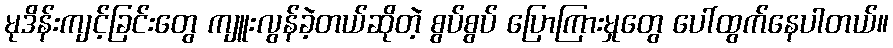
မုဒိန်းကျင့်ခြင်းတွေ ကျူးလွန်ခဲ့တယ်ဆိုတဲ့ စွပ်စွပ် ပြောကြားမှုတွေ ပေါ်ထွက်နေပါတယ်။